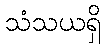
သံသယရှိ